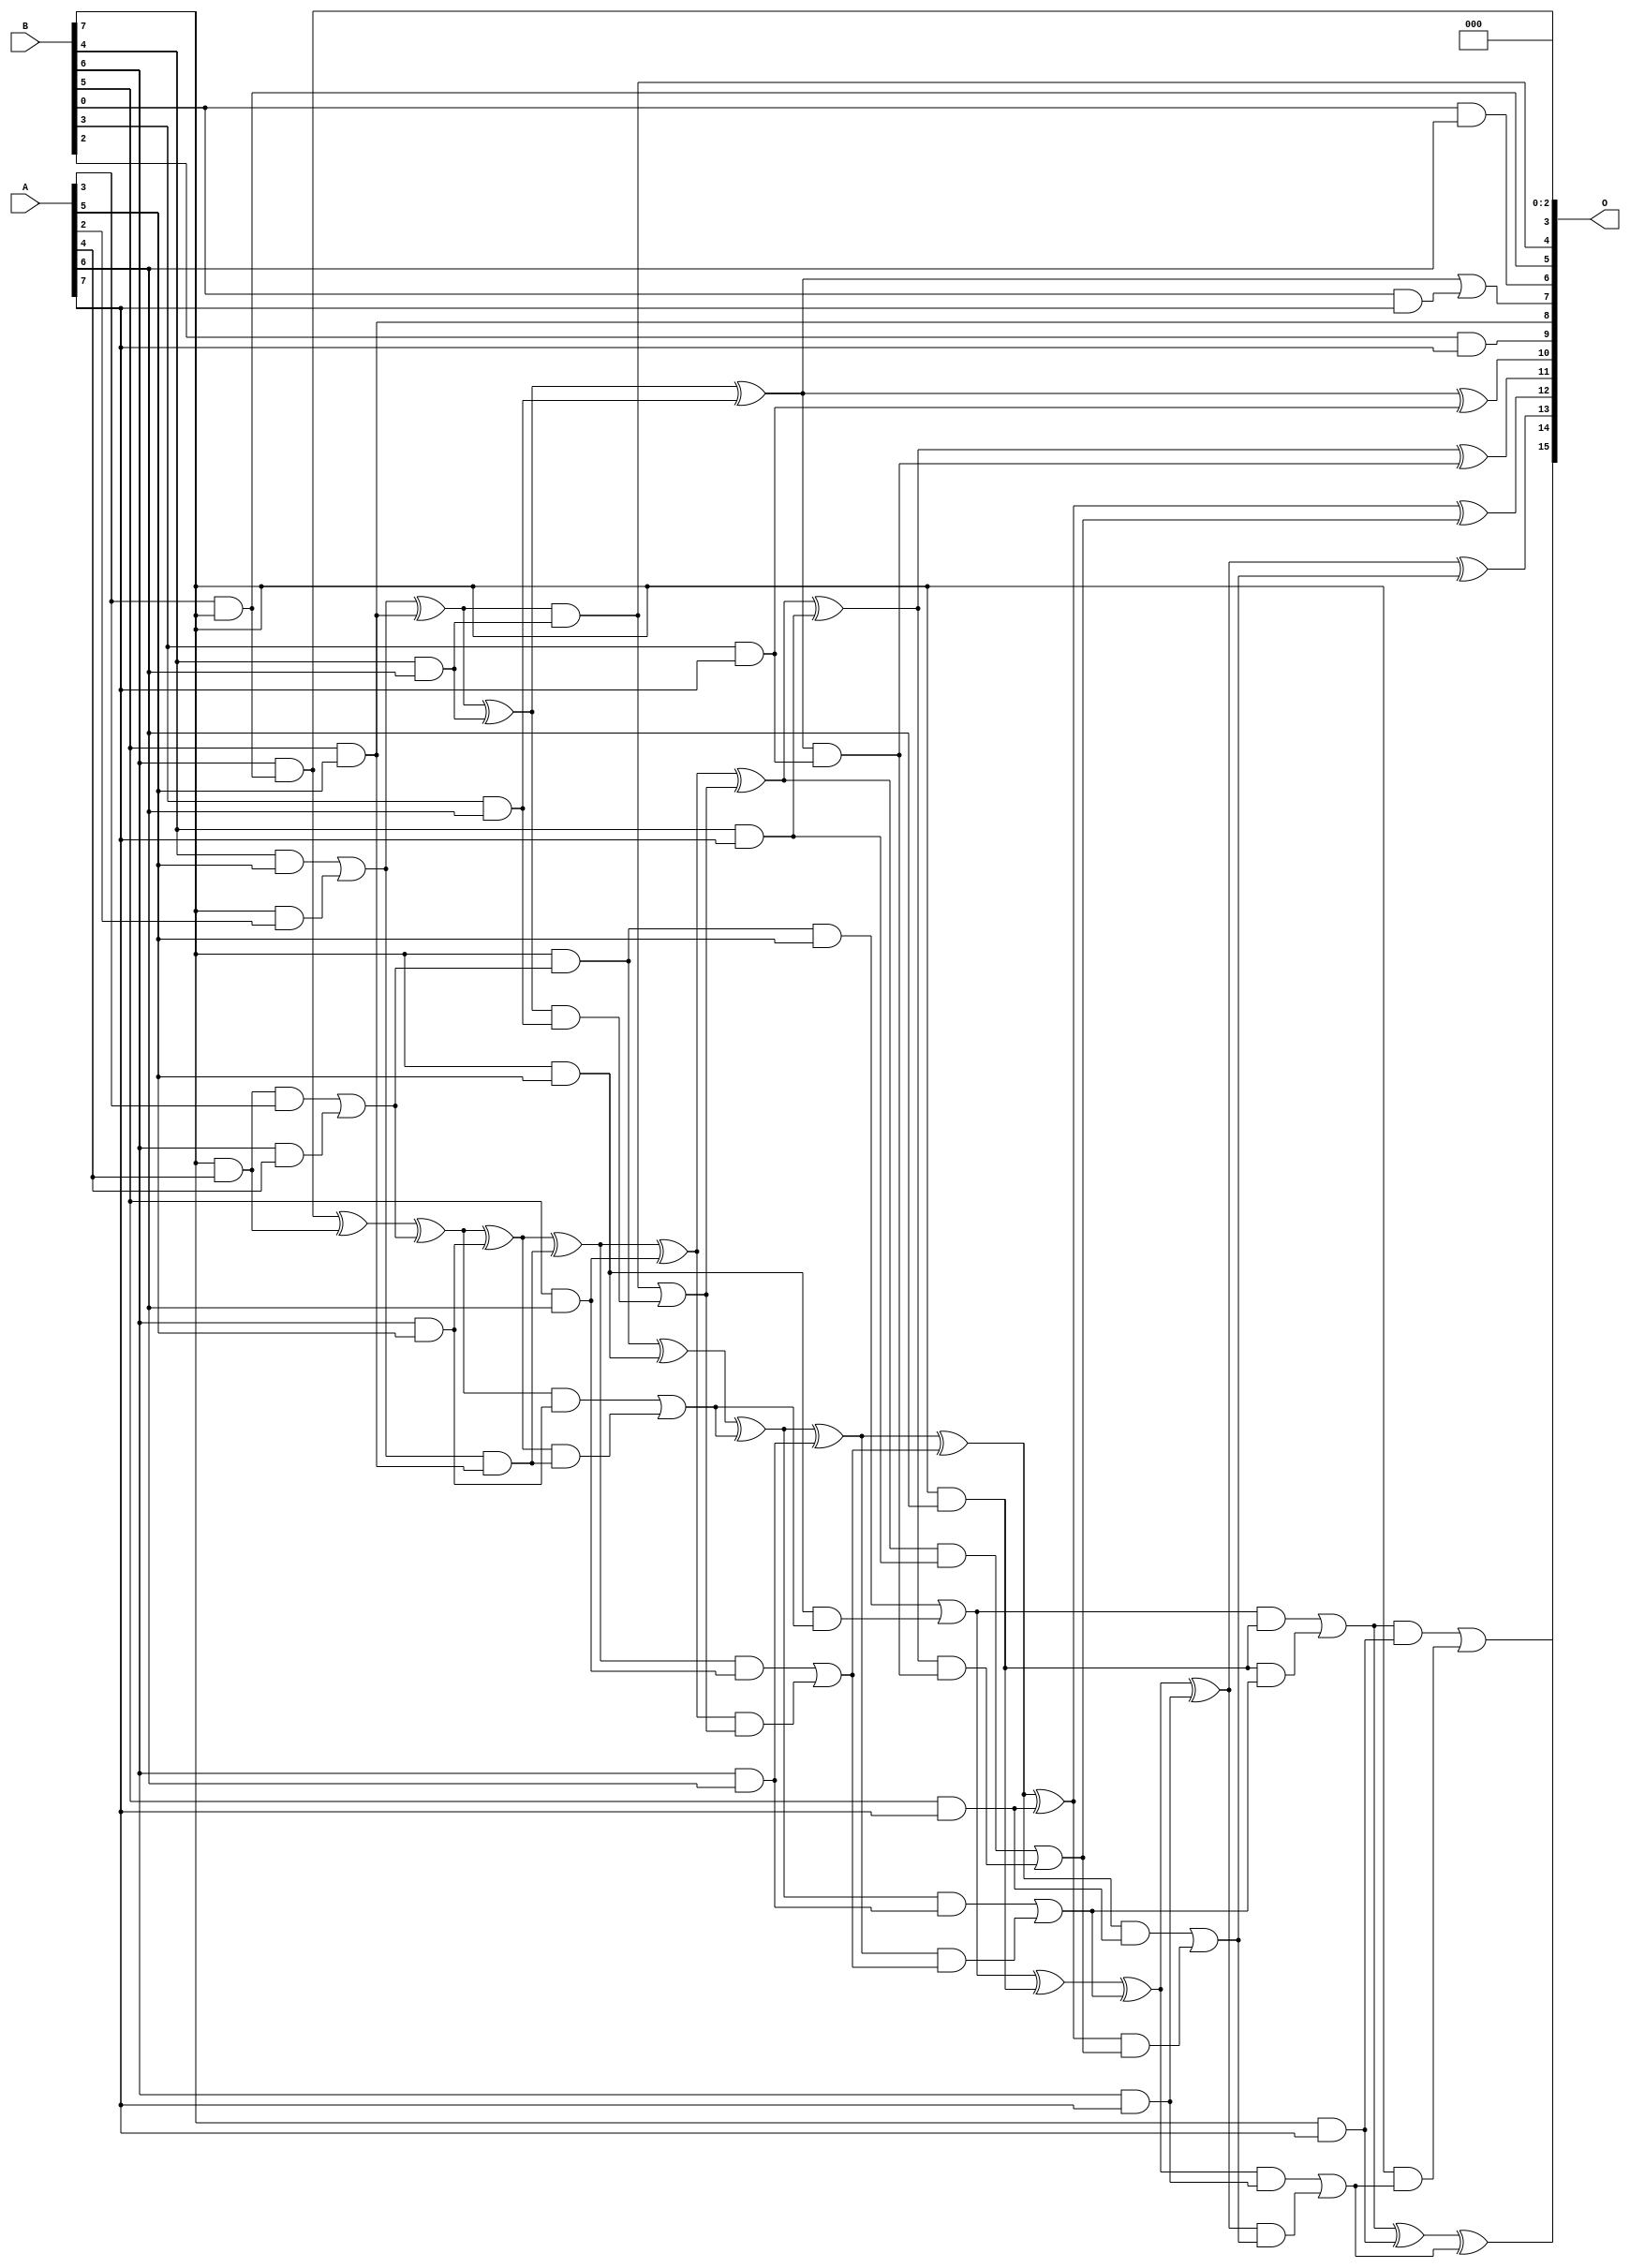
/***
* This code is a part of EvoApproxLib library (ehw.fit.vutbr.cz/approxlib) distributed under The MIT License.
* When used, please cite the following article(s): V. Mrazek, R. Hrbacek, Z. Vasicek and L. Sekanina, "EvoApprox8b: Library of approximate adders and multipliers for circuit design and benchmarking of approximation methods". Design, Automation & Test in Europe Conference & Exhibition (DATE), 2017, Lausanne, 2017, pp. 258-261. doi: 10.23919/DATE.2017.7926993 
* This file contains a circuit from a sub-set of pareto optimal circuits with respect to the pwr and mae parameters
***/
// MAE% = 0.89 %
// MAE = 581 
// WCE% = 4.29 %
// WCE = 2809 
// WCRE% = 125.00 %
// EP% = 98.74 %
// MRE% = 13.96 %
// MSE = 543210 
// PDK45_PWR = 0.084 mW
// PDK45_AREA = 214.5 um2
// PDK45_DELAY = 0.95 ns

module mul8u_FTA (
    A,
    B,
    O
);

input [7:0] A;
input [7:0] B;
output [15:0] O;

wire sig_115,sig_118,sig_127,sig_152,sig_154,sig_162,sig_163,sig_192,sig_195,sig_196,sig_198,sig_199,sig_206,sig_207,sig_208,sig_232,sig_234,sig_236,sig_237,sig_238;
wire sig_239,sig_240,sig_241,sig_242,sig_243,sig_244,sig_245,sig_246,sig_249,sig_250,sig_251,sig_252,sig_253,sig_271,sig_272,sig_273,sig_274,sig_275,sig_276,sig_277;
wire sig_278,sig_279,sig_280,sig_281,sig_282,sig_283,sig_284,sig_285,sig_286,sig_287,sig_288,sig_289,sig_290,sig_291,sig_293,sig_294,sig_295,sig_296,sig_297,sig_298;
wire sig_299,sig_311,sig_312,sig_316,sig_317,sig_318,sig_319,sig_320,sig_321,sig_322,sig_323,sig_324,sig_325,sig_326,sig_327,sig_328,sig_329,sig_330,sig_331,sig_332;
wire sig_333,sig_334,sig_335;

assign sig_115 = A[3] & B[7];
assign sig_118 = B[4] & A[5];
assign sig_127 = B[7] & A[2];
assign sig_152 = B[6] & sig_115;
assign sig_154 = sig_118 | sig_127;
assign sig_162 = B[6] & A[4];
assign sig_163 = B[7] & A[4];
assign sig_192 = sig_163 & A[3];
assign sig_195 = sig_192 | sig_162;
assign sig_196 = sig_152 ^ sig_163;
assign sig_198 = B[7] & sig_195;
assign sig_199 = sig_196 ^ sig_195;
assign sig_206 = B[5] & A[5];
assign sig_207 = B[6] & A[5];
assign sig_208 = B[7] & A[5];
assign sig_232 = sig_154 & sig_206;
assign sig_234 = sig_154 ^ sig_206;
assign sig_236 = sig_199 ^ sig_207;
assign sig_237 = sig_199 & sig_207;
assign sig_238 = sig_236 & sig_232;
assign sig_239 = sig_236 ^ sig_232;
assign sig_240 = sig_237 | sig_238;
assign sig_241 = sig_198 ^ sig_208;
assign sig_242 = sig_198 & A[5];
assign sig_243 = sig_208 & sig_240;
assign sig_244 = sig_241 ^ sig_240;
assign sig_245 = sig_242 | sig_243;
assign sig_246 = B[0] & A[6];
assign sig_249 = B[3] & A[6];
assign sig_250 = B[4] & A[6];
assign sig_251 = B[5] & A[6];
assign sig_252 = B[6] & A[6];
assign sig_253 = B[7] & A[6];
assign sig_271 = sig_234 ^ sig_250;
assign sig_272 = sig_234 & sig_250;
assign sig_273 = sig_271 & sig_249;
assign sig_274 = sig_271 ^ sig_249;
assign sig_275 = sig_272 | sig_273;
assign sig_276 = sig_239 ^ sig_251;
assign sig_277 = sig_239 & sig_251;
assign sig_278 = sig_276 & sig_275;
assign sig_279 = sig_276 ^ sig_275;
assign sig_280 = sig_277 | sig_278;
assign sig_281 = sig_244 ^ sig_252;
assign sig_282 = sig_244 & sig_252;
assign sig_283 = sig_281 & sig_280;
assign sig_284 = sig_281 ^ sig_280;
assign sig_285 = sig_282 | sig_283;
assign sig_286 = sig_245 ^ sig_253;
assign sig_287 = sig_245 & sig_253;
assign sig_288 = sig_253 & sig_285;
assign sig_289 = sig_286 ^ sig_285;
assign sig_290 = sig_287 | sig_288;
assign sig_291 = B[0] & A[7];
assign sig_293 = B[2] & A[7];
assign sig_294 = B[3] & A[7];
assign sig_295 = B[4] & A[7];
assign sig_296 = B[5] & A[7];
assign sig_297 = B[6] & A[7];
assign sig_298 = B[7] & A[7];
assign sig_299 = sig_274 | sig_291;
assign sig_311 = sig_274 ^ sig_294;
assign sig_312 = sig_274 & sig_294;
assign sig_316 = sig_279 ^ sig_295;
assign sig_317 = sig_279 & sig_295;
assign sig_318 = sig_316 & sig_312;
assign sig_319 = sig_316 ^ sig_312;
assign sig_320 = sig_317 | sig_318;
assign sig_321 = sig_284 ^ sig_296;
assign sig_322 = sig_284 & sig_296;
assign sig_323 = sig_321 & sig_320;
assign sig_324 = sig_321 ^ sig_320;
assign sig_325 = sig_322 | sig_323;
assign sig_326 = sig_289 ^ sig_297;
assign sig_327 = sig_289 & sig_297;
assign sig_328 = sig_326 & sig_325;
assign sig_329 = sig_326 ^ sig_325;
assign sig_330 = sig_327 | sig_328;
assign sig_331 = sig_290 ^ sig_298;
assign sig_332 = sig_290 & sig_298;
assign sig_333 = B[7] & sig_330;
assign sig_334 = sig_331 ^ sig_330;
assign sig_335 = sig_332 | sig_333;

assign O[15] = sig_335;
assign O[14] = sig_334;
assign O[13] = sig_329;
assign O[12] = sig_324;
assign O[11] = sig_319;
assign O[10] = sig_311;
assign O[9] = sig_293;
assign O[8] = sig_206;
assign O[7] = sig_299;
assign O[6] = sig_246;
assign O[5] = sig_115;
assign O[4] = sig_272;
assign O[3] = sig_152;
assign O[2] = 1'b0;
assign O[1] = 1'b0;
assign O[0] = 1'b0;

endmodule